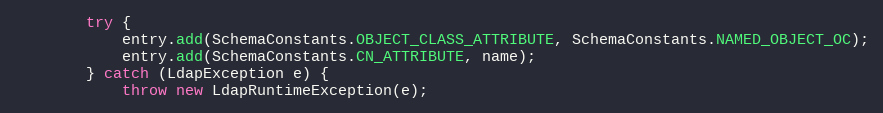
Language: Java
        try {
            entry.add(SchemaConstants.OBJECT_CLASS_ATTRIBUTE, SchemaConstants.NAMED_OBJECT_OC);
            entry.add(SchemaConstants.CN_ATTRIBUTE, name);
        } catch (LdapException e) {
            throw new LdapRuntimeException(e);